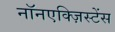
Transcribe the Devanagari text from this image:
नॉनएक्ज़िस्टेंस